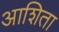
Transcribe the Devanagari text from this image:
आशिता